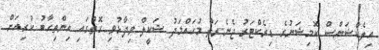
އިލެކްޝަންސް ކޮމިޝަނުގެ ޑިރެކްޓަރު ޖެނެރަލް މުހައްމަދު ޝަކީލް ވިދާޅުވި ގޮތުގައި އިންތިހާބު ކުރިއަށް